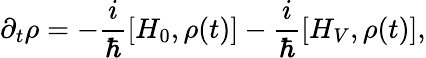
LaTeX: \partial_{t}\rho=-\frac{i}{\hbar}[H_{0},\rho(t)]-\frac{i}{\hbar}[H_{V},\rho(t)],